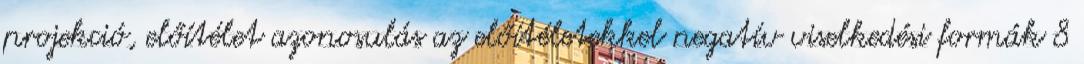
projekció, előítélet azonosulás az előítéletekkel negatív viselkedési formák 8